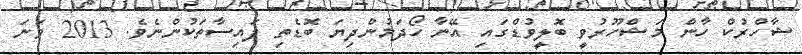
ޝާހްރުކް ހާން މަޝްހޫރުވީ ބޮލީވުޑްގައި އޭނާ ހޯދަމުންދިޔަ ބޮޑެތި ފައިސާތަކުންނެވެ. 2013 ވަނަ